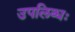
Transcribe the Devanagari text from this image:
उपलिब्धः